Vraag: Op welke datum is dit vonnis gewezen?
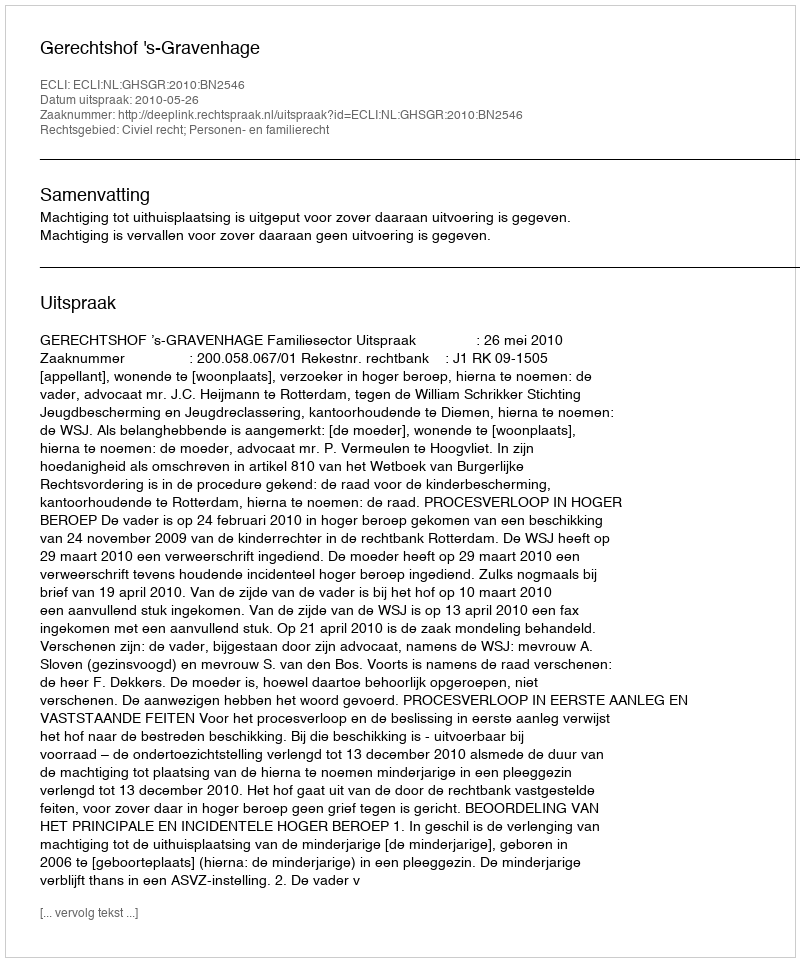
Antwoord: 2010-05-26